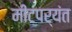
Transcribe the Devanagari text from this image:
मीटपर्यंत